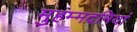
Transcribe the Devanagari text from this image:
मुहम्मदमियां